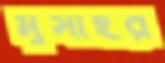
মুসাহর